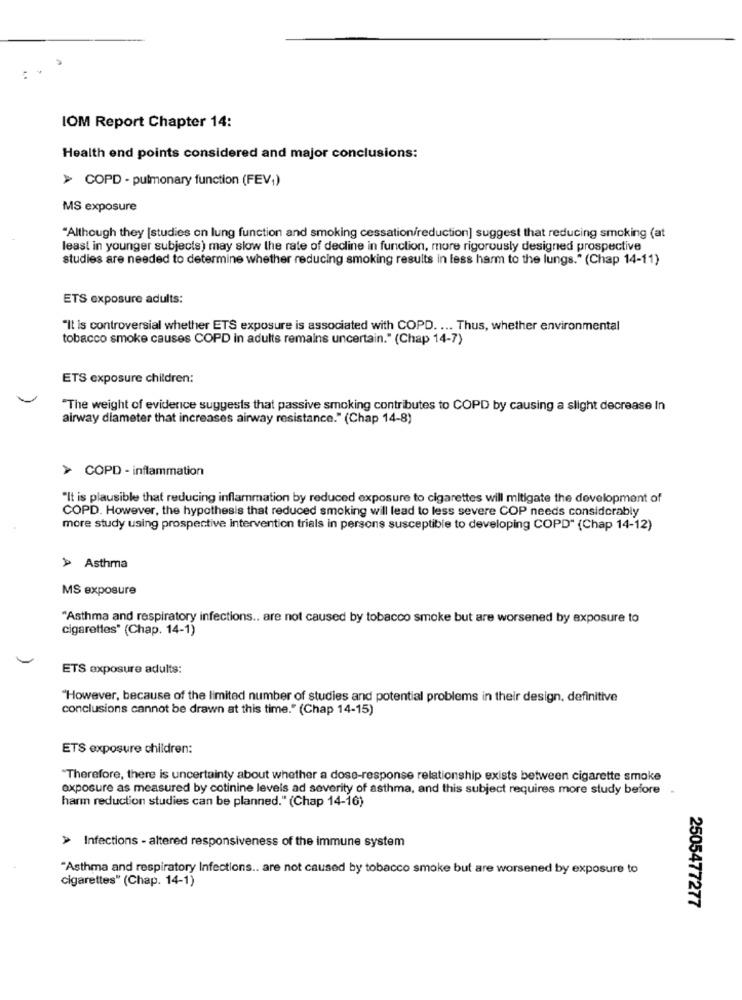
IOM Report Chapter 14:
Health end points considered and major conclusions:
> COPD - pulmonary function (FEV,)
MS exposure
"Although they [studies on lung function and smoking cessation/reduction] suggest that reducing smoking (at
least in younger subjects) may slow the rate of decline in function, more rigorously designed prospective
studies are needed to determine whether reducing smoking results in less harm to the lungs." (Chap 14-11)
ETS exposure adults:
"It is controversial whether ETS exposure is associated with COPD. ... Thus, whether environmental
tobacco smoke causes COPD in adults remains uncertain." (Chap 14-7)
ETS exposure children:
"The weight of evidence suggests that passive smoking contributes to COPD by causing a slight decrease In
airway diameter that increases airway resistance." (Chap 14-8)
> COPD - inflammation
"It is plausible that reducing inflammation by reduced exposure to cigarettes will mitigate the development of
COPD. However, the hypothesis that reduced smoking will lead to less severe COP needs considerably
more study using prospective intervention trials in persons susceptible to developing COPD" (Chap 14-12)
> Asthma
MS exposure
"Asthma and respiratory infections .. are not caused by tobacco smoke but are worsened by exposure to
cigarettes" (Chap. 14-1)
ETS exposure adults:
"However, because of the limited number of studies and potential problems in their design, definitive
conclusions cannot be drawn at this time." (Chap 14-15)
ETS exposure children:
"Therefore, there is uncertainty about whether a dose-response relationship exists between cigarette smoke
exposure as measured by cotinine levels ad severity of asthma, and this subject requires more study before -
harm reduction studies can be planned." (Chap 14-16)
> Infections - altered responsiveness of the immune system
"Asthma and respiratory Infections .. are not caused by tobacco smoke but are worsened by exposure to
cigarettes" (Chap. 14-1)
2505477277